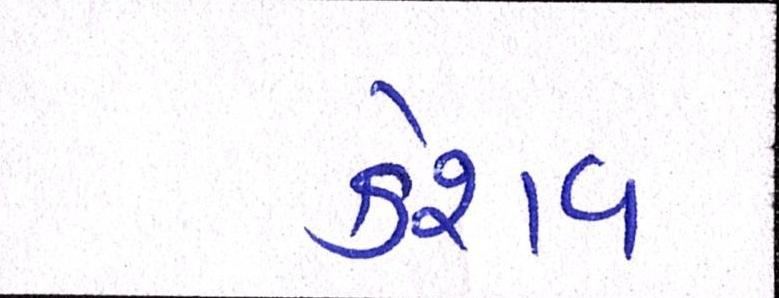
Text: કેશવ